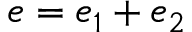
e = e _ { 1 } + e _ { 2 }